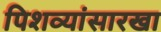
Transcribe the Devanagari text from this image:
पिशव्यांसारखा